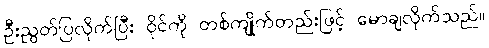
ဦးညွတ်ပြလိုက်ပြီး ဝိုင်ကို တစ်ကျိုက်တည်းဖြင့် မောချလိုက်သည်။